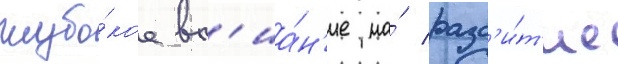
глубо́кое вл'иа́н'ие на́ разв'и́т'ие